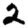
Digit: 2